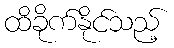
ထိခိုက်နိုင်သည့်